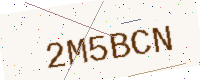
Text: 2M5BCN